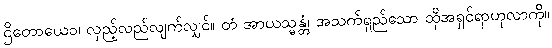
ဌိတောယေဝ၊ လှည့်လည်လျက်လျှင်။ တံ အာယသ္မန္တံ၊ အသက်ရှည်သော ထိုအရှင်ရာဟုလာကို။